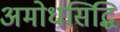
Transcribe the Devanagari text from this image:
अमोधसिद्धि